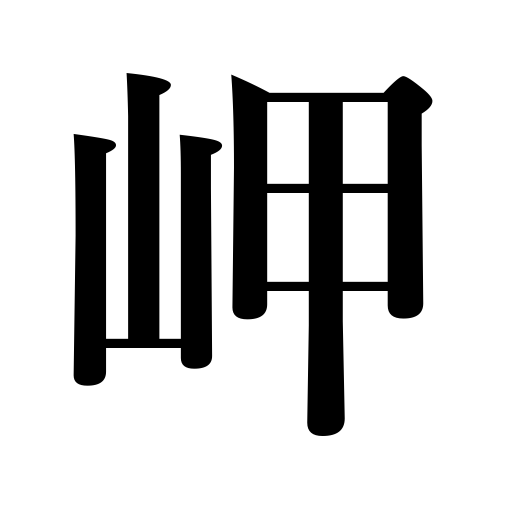
Meanings: cape,promontory,spit